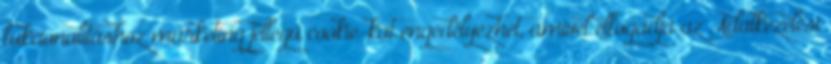
fukcionalitáshoz marketing jellegű cookie-kat engedélyezhet, amivel elfogadja az Adatkezelési